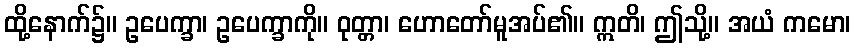
ထို့နောက်၌။ ဥပေက္ခာ၊ ဥပေက္ခာကို။ ဝုတ္တာ၊ ဟောတော်မူအပ်၏။ ဣတိ၊ ဤသို့။ အယံ ကမော၊